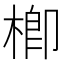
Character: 楖